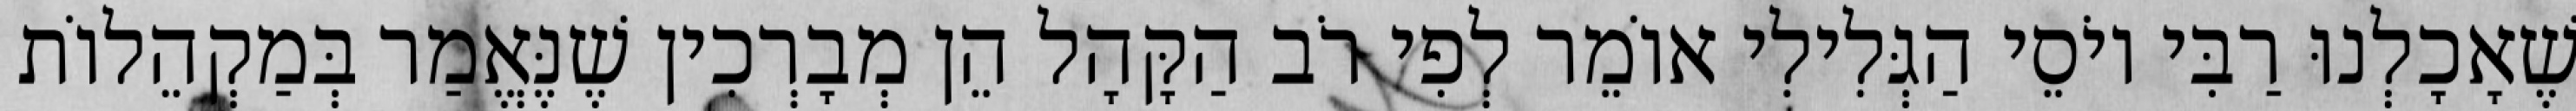
שֶׁאָכָלְנוּ רַבִּי יוֹסֵי הַגְּלִילִי אוֹמֵר לְפִי רֹב הַקָּהָל הֵן מְבָרְכִין שֶׁנֶּאֱמַר בְּמַקְהֵלוֹת